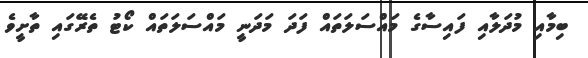
ބިމާއި މުދަލާއި ފައިސާގެ މައްސަލަތައް ފަދަ މަދަނީ މައްސަލަތައް ކޯޓު ތެރޭގައި ތާށީވެ